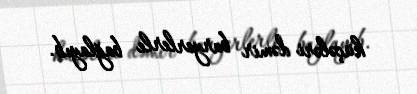
küçələri dəmir baryerlerle bağlayıb.